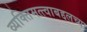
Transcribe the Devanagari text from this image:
व्यक्तिमत्त्वाबद्दलच्या